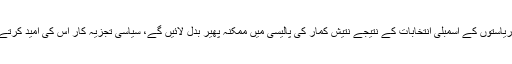
پانچ ریاستوں کے اسمبلی انتخابات کے نتیجے نتیش کمار کی پالیسی میں ممکنہ پھیر بدل لائیں گے، سیاسی تجزیہ کار اس کی امید کرتے ہیں۔